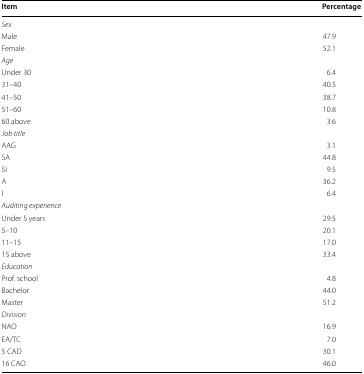
<table><thead><tr><td><b>Item</b></td><td><b>Percentage</b></td></tr></thead><tbody><tr><td><i>Sex</i></td><td></td></tr><tr><td>Male</td><td>47.9</td></tr><tr><td>Female</td><td>52.1</td></tr><tr><td><i>Age</i></td><td></td></tr><tr><td>Under 30</td><td>6.4</td></tr><tr><td>31–40</td><td>40.5</td></tr><tr><td>41–50</td><td>38.7</td></tr><tr><td>51–60</td><td>10.8</td></tr><tr><td>60 above</td><td>3.6</td></tr><tr><td><i>Job title</i></td><td></td></tr><tr><td>AAG</td><td>3.1</td></tr><tr><td>SA</td><td>44.8</td></tr><tr><td>SI</td><td>9.5</td></tr><tr><td>A</td><td>36.2</td></tr><tr><td>I</td><td>6.4</td></tr><tr><td><i>Auditing experience</i></td><td></td></tr><tr><td>Under 5 years</td><td>29.5</td></tr><tr><td>5–10</td><td>20.1</td></tr><tr><td>11–15</td><td>17.0</td></tr><tr><td>15 above</td><td>33.4</td></tr><tr><td><i>Education</i></td><td></td></tr><tr><td>Prof. school</td><td>4.8</td></tr><tr><td>Bachelor</td><td>44.0</td></tr><tr><td>Master</td><td>51.2</td></tr><tr><td><i>Division</i></td><td></td></tr><tr><td>NAO</td><td>16.9</td></tr><tr><td>EA/TC</td><td>7.0</td></tr><tr><td>5 CAD</td><td>30.1</td></tr><tr><td>16 CAO</td><td>46.0</td></tr></tbody></table>